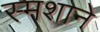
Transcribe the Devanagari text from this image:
स्मशाने